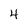
Character: 4